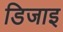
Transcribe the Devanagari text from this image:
डिजाइ